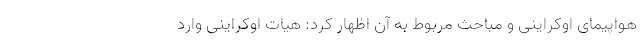
هواپیمای اوکراینی و مباحث مربوط به آن اظهار کرد: هیات اوکراینی وارد